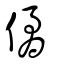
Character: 僪